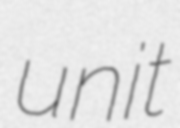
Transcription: unit